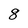
Character: 8